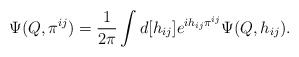
\begin{align*}\Psi(Q,\pi^{ij}) = \frac{1}{2\pi}\int d[h_{ij}] e^{i h_{ij}\pi^{ij}} \Psi(Q,h_{ij}).\end{align*}